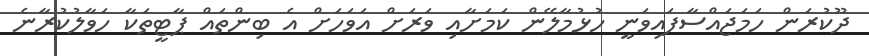
ދޫކުރަން ހަމަޖައްސާފައިވަނީ ހުޅުމާލޭން ކަމަށާއި ވަރަށް އަވަހަށް އެ ބިންތައް ޕާޓީތަކާ ހަވާލުކުރާނެ